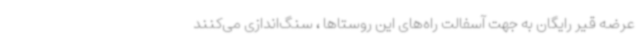
عرضه قیر رایگان به جهت آسفالت راه‌های این روستاها ، سنگ‌اندازی می‌کنند